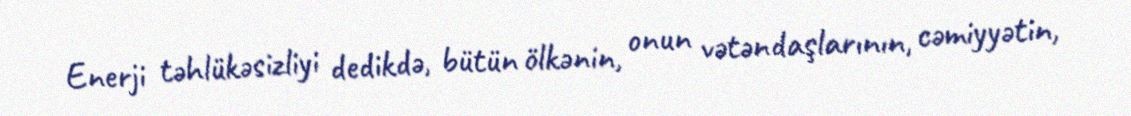
Enerji təhlükəsizliyi dedikdə, bütün ölkənin, onun vətəndaşlarının, cəmiyyətin,